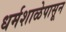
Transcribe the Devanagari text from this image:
धर्मशाळेपासून